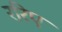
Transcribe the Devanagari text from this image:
ररिए